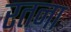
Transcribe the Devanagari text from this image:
रतना